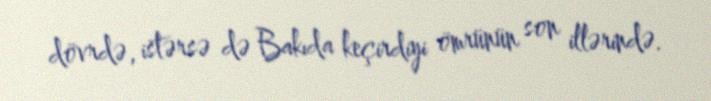
dövrdə, istərsə də Bakıda keçirdiyi ömrünün son illərində.